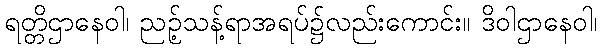
ရတ္တိဌာနေဝါ၊ ညဉ့်သန့်ရာအရပ်၌လည်းကောင်း။ ဒိဝါဌာနေဝါ၊